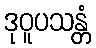
ဒုဝူပသန္တံ